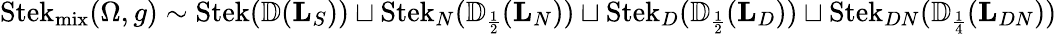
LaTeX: \operatorname{Stek}_{\operatorname{mix}}(\Omega,g)\sim\operatorname{Stek}({\mathbb{D}}(\mathbf L_{S}))\sqcup\operatorname{Stek}_{N}({\mathbb{D}}_{\scriptscriptstyle{\frac{1}{2}}}(\mathbf L_{N}))\sqcup\operatorname{Stek}_{D}({\mathbb{D}}_{\scriptscriptstyle{\frac{1}{2}}}(\mathbf L_{D}))\sqcup\operatorname{Stek}_{DN}({\mathbb{D}}_{\scriptscriptstyle{\frac{1}{4}}}(\mathbf L_{DN}))